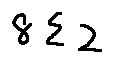
8 \sum 2